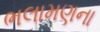
ભલામણના